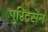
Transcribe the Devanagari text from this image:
पुरिंद्रसेन